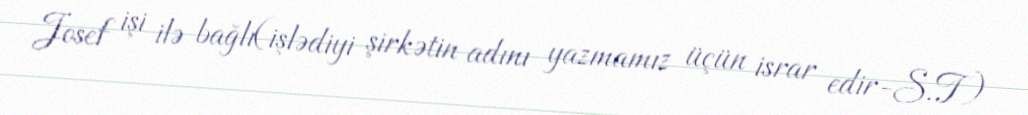
Josef işi ilə bağlı(işlədiyi şirkətin adını yazmamız üçün israr edir-S.T)